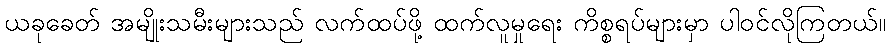
ယခုခေတ် အမျိုးသမီးများသည် လက်ထပ်ဖို့ ထက်လူမှုရေး ကိစ္စရပ်များမှာ ပါဝင်လိုကြတယ်။